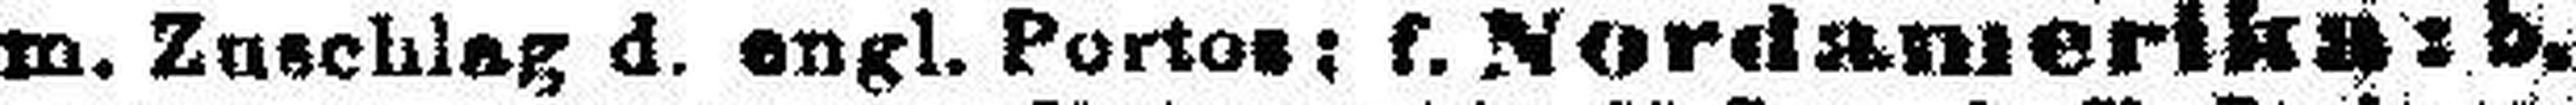
m. Zuschlag d. engl. Portos; f. Nordamerika: b.